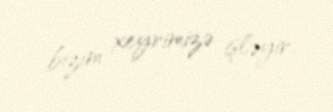
bizim xeyrimizə işləyir.